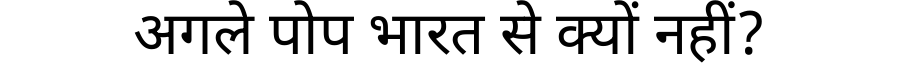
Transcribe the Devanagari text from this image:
अगले पोप भारत से क्यों नहीं?